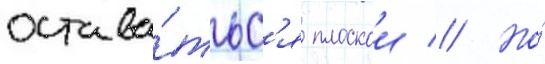
остава́тьс'я плоскои // Но́